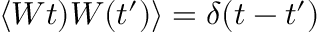
\left\langle W t ) W ( t ^ { \prime } ) \right\rangle = \delta ( t - t ^ { \prime } )